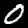
Digit: 0